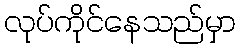
လုပ်ကိုင်နေသည်မှာ